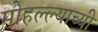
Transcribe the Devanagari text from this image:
मोहल्ल्याच्यी